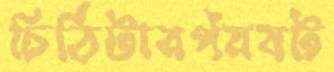
চিঠিটারপঁয়ষট